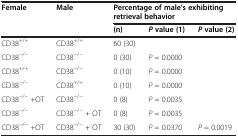
| <ROWSPAN=2> Female | <ROWSPAN=2> Male | <COLSPAN=3> Percentage of male’s exhibiting retrieval behavior |
 | (n) | P value (1) | P value (2) |
 | --- | --- | --- | --- | --- |
 | CD38+/+ | CD38+/+ | 60 (30) |  |  |
 | CD38−/− | CD38−/− | 0 (30) | P = 0.0000 |  |
 | CD38+/+ | CD38−/− | 0 (10) | P = 0.0000 |  |
 | CD38−/− | CD38+/+ | 0 (10) | P = 0.0000 |  |
 | CD38−/− +OT | CD38−/− | 0 (8) | P = 0.0035 |  |
 | CD38−/− | CD38−/− + OT | 0 (8) | P = 0.0035 |  |
 | CD38−/− +OT | CD38−/− + OT | 30 (30) | P = 0.0370 | P = 0.0019 |